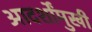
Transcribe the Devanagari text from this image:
आदर्शोंमुखी